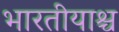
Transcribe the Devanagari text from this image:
भारतीयाश्च